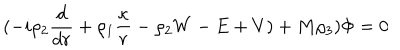
( - i \rho _ { 2 } { \frac { d } { d r } } + \rho _ { 1 } { \frac { \kappa } { r } } - \rho _ { 2 } W - E + V ) + M \rho _ { 3 } ) \Phi = 0